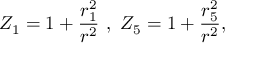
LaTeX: Z _ { 1 } = 1 + \frac { r _ { 1 } ^ { 2 } } { r ^ { 2 } } \ , \ Z _ { 5 } = 1 + \frac { r _ { 5 } ^ { 2 } } { r ^ { 2 } } ,